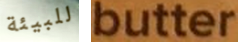
للبيئة butter